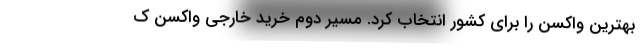
بهترین واکسن را برای کشور انتخاب کرد. مسیر دوم خرید خارجی واکسن ک